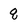
Character: q